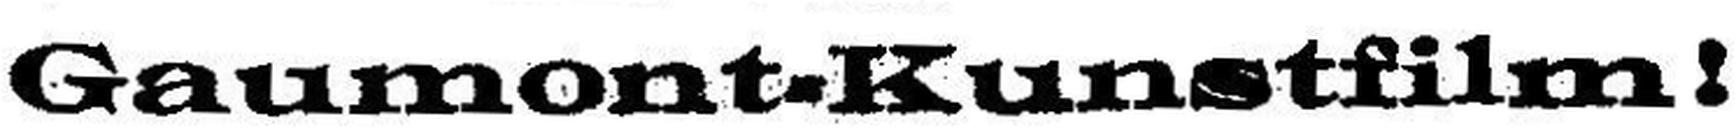
Gaumont=Kunstfilm!